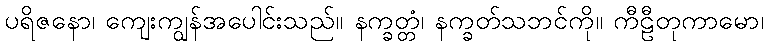
ပရိဇနော၊ ကျေးကျွန်အပေါင်းသည်။ နက္ခတ္တံ၊ နက္ခတ်သဘင်ကို။ ကီဠီတုကာမော၊